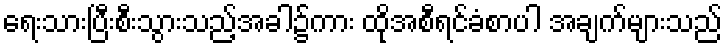
ရေးသားပြီးစီးသွားသည့်အခါ၌ကား ထိုအစီရင်ခံစာပါ အချက်များသည်